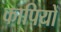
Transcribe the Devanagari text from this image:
कापियों